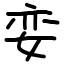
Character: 娈